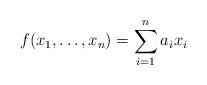
LaTeX: \begin{align*} f(x_{1},\ldots,x_{n})= \sum_{i=1}^{n}a_{i}x_{i}\end{align*}